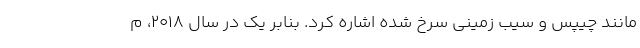
مانند چیپس و سیب زمینی سرخ شده اشاره کرد. بنابر یک در سال 2018، م